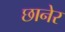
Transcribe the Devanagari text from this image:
छानेर